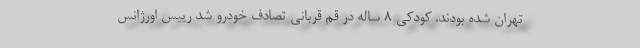
تهران شده بودند. کودکی ۸ ساله در قم قربانی تصادف خودرو شد رییس اورژانس